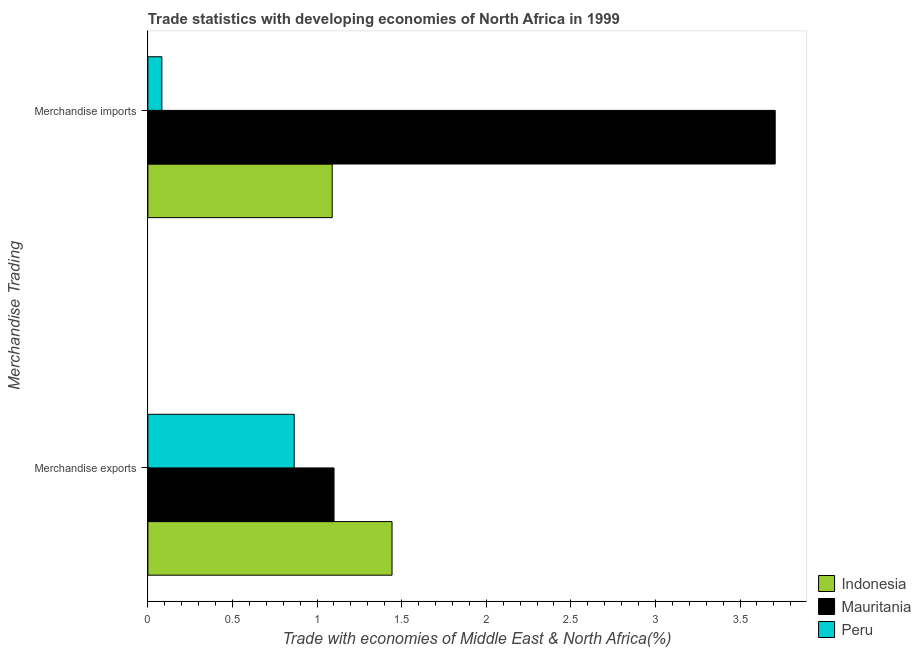
| Merchandise Trading | Indonesia | Mauritania | Peru |
 | --- | --- | --- | --- |
 | Merchandise exports | 1.44 | 1.1 | 0.865 |
 | Merchandise imports | 1.09 | 3.71 | 0.0827 |